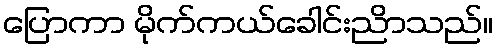
ပြောကာ မိုက်ကယ်ခေါင်းညိာသည်။